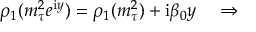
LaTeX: \rho _ { 1 } ( m _ { \tau } ^ { 2 } e ^ { \mathrm { i } y } ) = \rho _ { 1 } ( m _ { \tau } ^ { 2 } ) + \mathrm { i } \beta _ { 0 } y \quad \Rightarrow